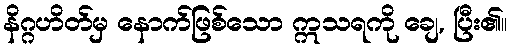
နိဂ္ဂဟိတ်မှ နောက်ဖြစ်သော ဣသရကို ချေ, ပြီး၏။